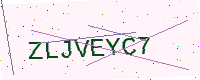
Text: ZLJVEYC7